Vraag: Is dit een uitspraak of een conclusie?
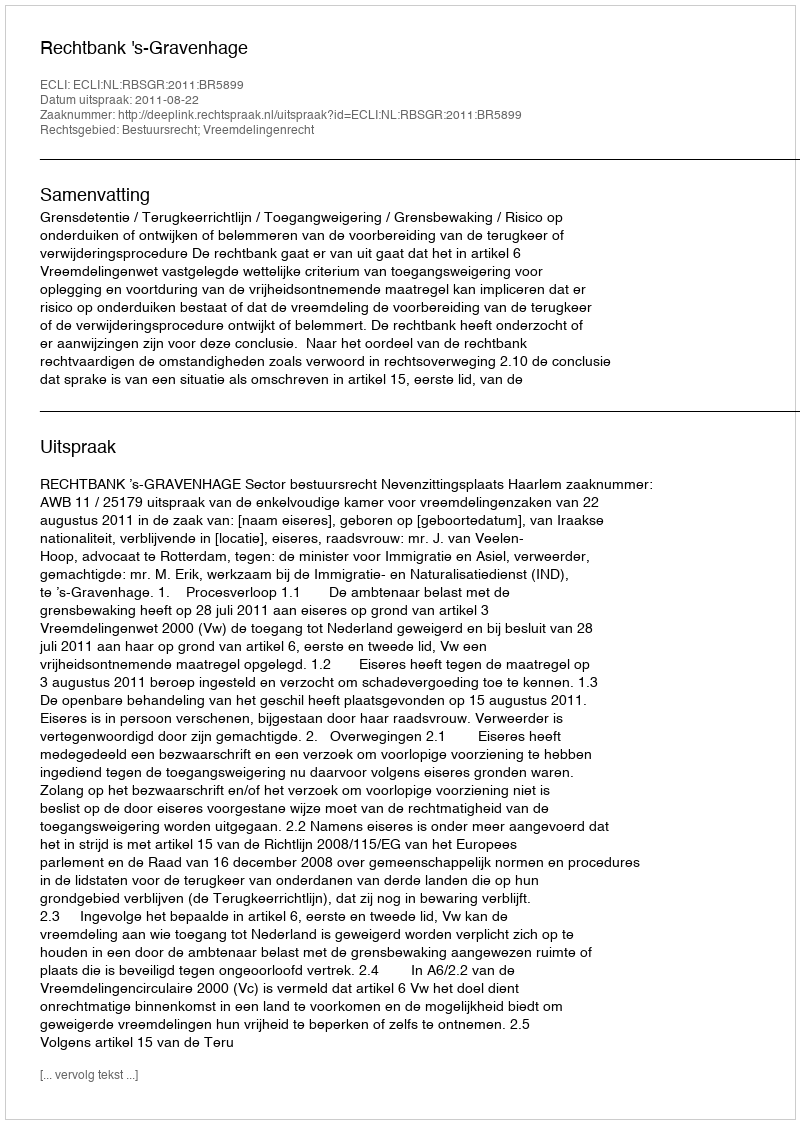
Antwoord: Uitspraak